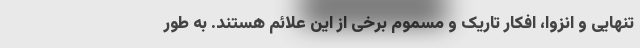
تنهایی و انزوا، افکار تاریک و مسموم برخی از این علائم هستند. به طور